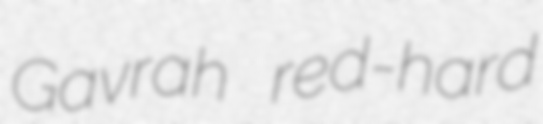
Gavrah red-hard